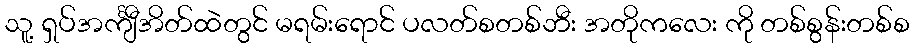
သူ့ ရှပ်အင်္ကျီအိတ်ထဲတွင် မရမ်းရောင် ပလတ်စတစ်ဘီး အတိုကလေး ကို တစ်စွန်းတစ်စ